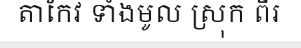
តាកែវ ទាំងមូល ស្រុក ពីរ